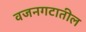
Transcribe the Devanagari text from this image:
वजनगटातील